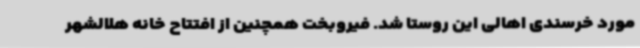
مورد خرسندی اهالی این روستا شد. فیروبخت همچنین از افتتاح خانه هلالشهر